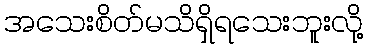
အသေးစိတ်မသိရှိရသေးဘူးလို့